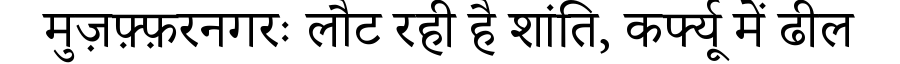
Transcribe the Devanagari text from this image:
मुज़फ़्फ़रनगरः लौट रही है शांति, कर्फ्यू में ढील